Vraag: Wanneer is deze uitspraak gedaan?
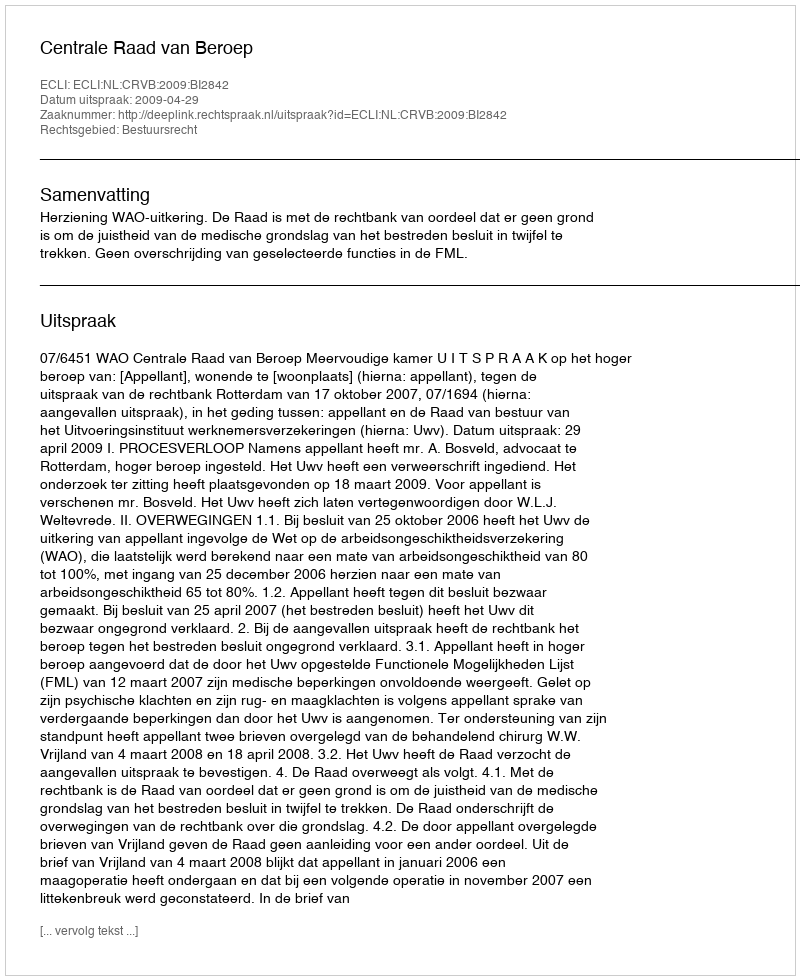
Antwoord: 2009-04-29